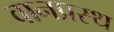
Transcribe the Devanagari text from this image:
वानप्रस्‍थ